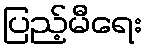
ပြည့်မီရေး